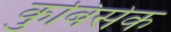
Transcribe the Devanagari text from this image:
कुबिसेक